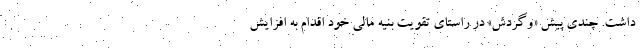
داشت. چندی پیش «وگردش» در راستای تقویت بنیه مالی خود اقدام به افزایش